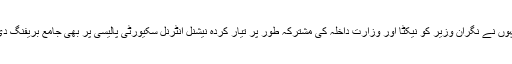
انہوں نے نگران وزیر کو نیکٹا اور وزارت داخلہ کی مشترکہ طور پر تیار کردہ نیشنل انٹرنل سکیورٹی پالیسی پر بھی جامع بریفنگ دی۔